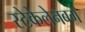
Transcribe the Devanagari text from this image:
स्टेकेलेनबर्ग